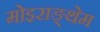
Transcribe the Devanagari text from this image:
मोइराङ्थेम